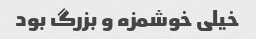
خیلی خوشمزه و بزرگ بود